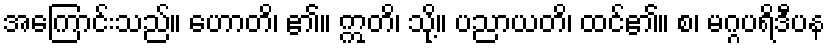
အကြောင်းသည်။ ဟောတိ၊ ၏။ ဣတိ၊ သို့။ ပညာယတိ၊ ထင်၏။ စ၊ မဂ္ဂပရိဒီပန